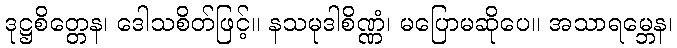
ဒုဋ္ဌစိတ္တေန၊ ဒေါသစိတ်ဖြင့်။ နသမုဒါစိဏ္ဏံ၊ မပြောမဆိုပေ။ အသာရမ္ဘေန၊